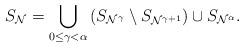
LaTeX: \begin{align*}S_{\mathcal{N}} = \bigcup_{0 \leq \gamma < \alpha} \left(S_{\mathcal{N}^{\gamma}}\setminus S_{\mathcal{N}^{\gamma + 1}}\right) \cup S_{\mathcal{N}^{\alpha}}.\end{align*}